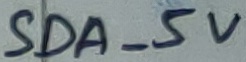
Text: SDA_5V